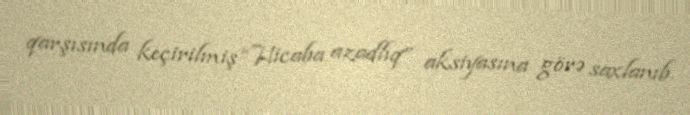
qarşısında keçirilmiş “Hicaba azadlıq” aksiyasına görə saxlanıb.